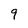
Character: 9